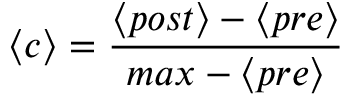
\langle c \rangle = \frac { \langle p o s t \rangle - \langle p r e \rangle } { m a x - \langle p r e \rangle }